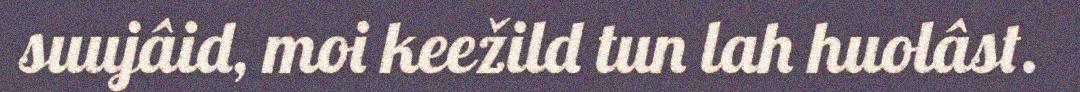
suujâid, moi keežild tun lah huolâst.